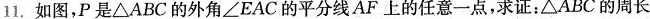
11.如图，P是△ABC的外角∠EAC的平分线AF上的任意一点，求证：△ABC的周长